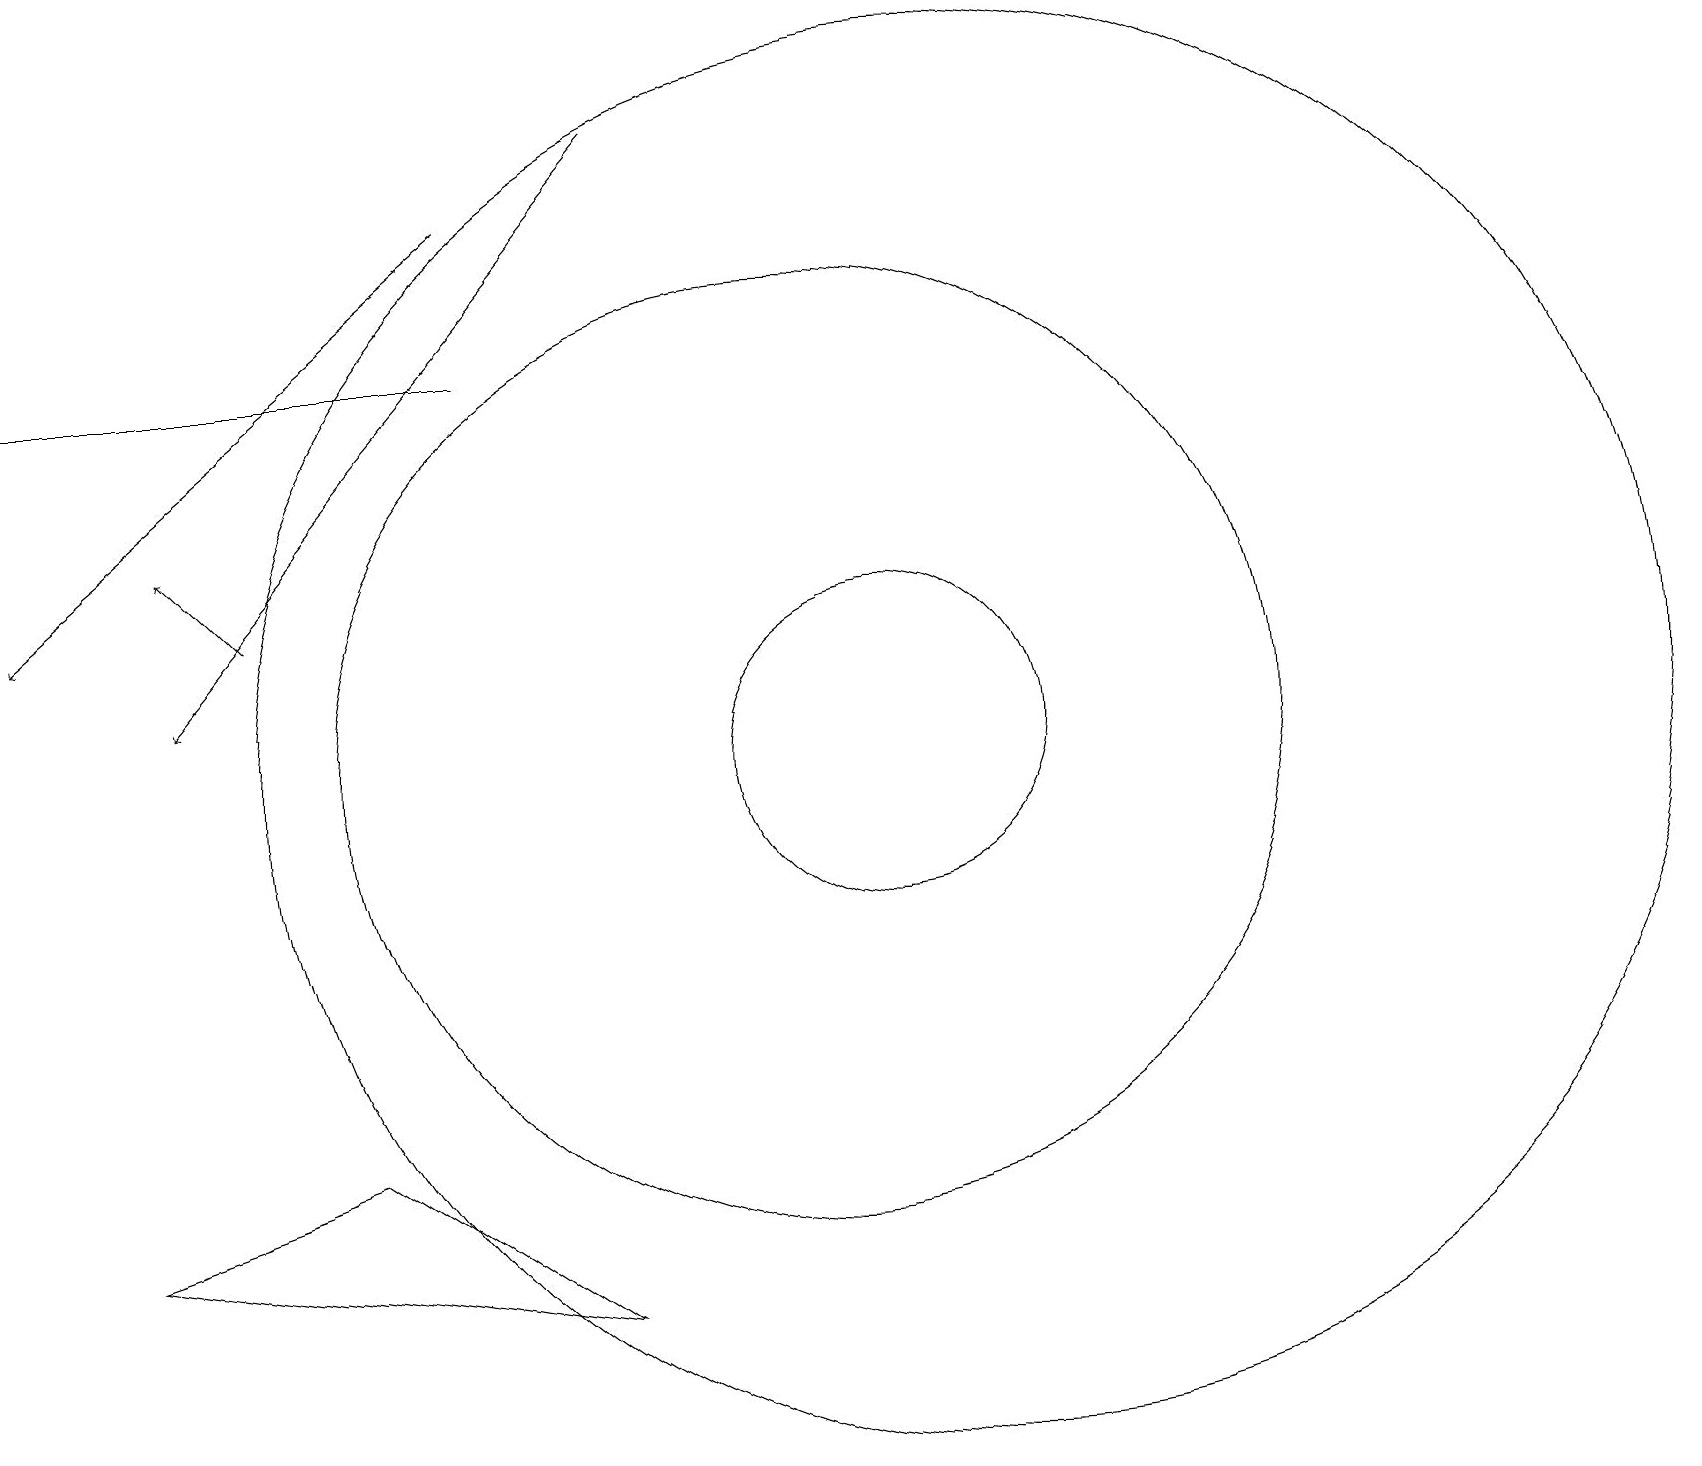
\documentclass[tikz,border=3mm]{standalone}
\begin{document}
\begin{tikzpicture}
\draw (12,11) circle (9);
\draw (11,11) circle (2);
\draw[->] (6,18) -- (0,13);
\draw[->] (8,19) -- (2,12);
\draw[->] (3,13) -- (2,14);
\draw (6,16) rectangle (0,16);
\draw (1,5) -- (7,4) -- (4,6) -- cycle;
\draw (10,11) circle (6);
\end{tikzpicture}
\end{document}